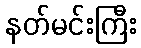
နတ်မင်းကြီး